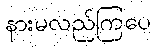
နားမလည်ကြပေ